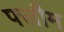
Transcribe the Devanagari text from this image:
फ्लौम